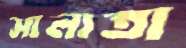
সালাতা